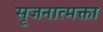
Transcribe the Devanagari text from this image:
सृजनात्मक्ता